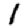
Digit: 1